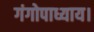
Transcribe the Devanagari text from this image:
गंगोपाध्याय।